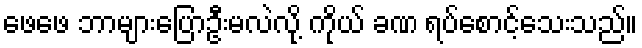
ဖေဖေ ဘာများပြောဦးမလဲလို့ ကိုယ် ခဏ ရပ်စောင့်သေးသည်။